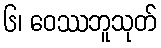
၆၊ ဝေဿဘူသုတ်